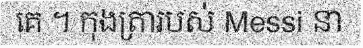
គេ ។ កុងត្រារបស់ Messi នា